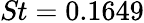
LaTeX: \textit{St}=0.1649